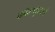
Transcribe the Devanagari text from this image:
काँम्प्युटरचे